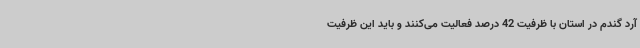
آرد گندم در استان با ظرفیت 42 درصد فعالیت می‌کنند و باید این ظرفیت